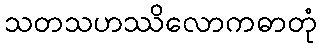
သတသဟဿိလောကဓာတုံ